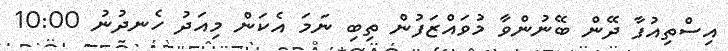
އިސްތިއުފާ ދޭން ބޭނުންވާ މުވައްޒަފުން ތިބި ނަމަ އެކަން މިއަދު ހެނދުނު 10:00